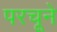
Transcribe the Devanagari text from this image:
परचूने